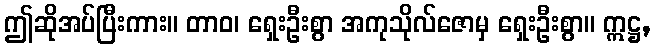
ဤဆိုအပ်ပြီးကား။ တာဝ၊ ရှေးဦးစွာ အကုသိုလ်ဇောမှ ရှေးဦးစွာ။ ဣဋ္ဌ,